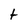
Character: t